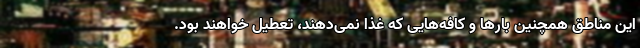
این مناطق همچنین بارها و کافه‌هایی که غذا نمی‌دهند، تعطیل خواهند بود.